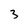
Character: 3